Sanitation, dispensaries and jails vaccination Rajputana 1922-1927 - 1922-1927
Year: 1922
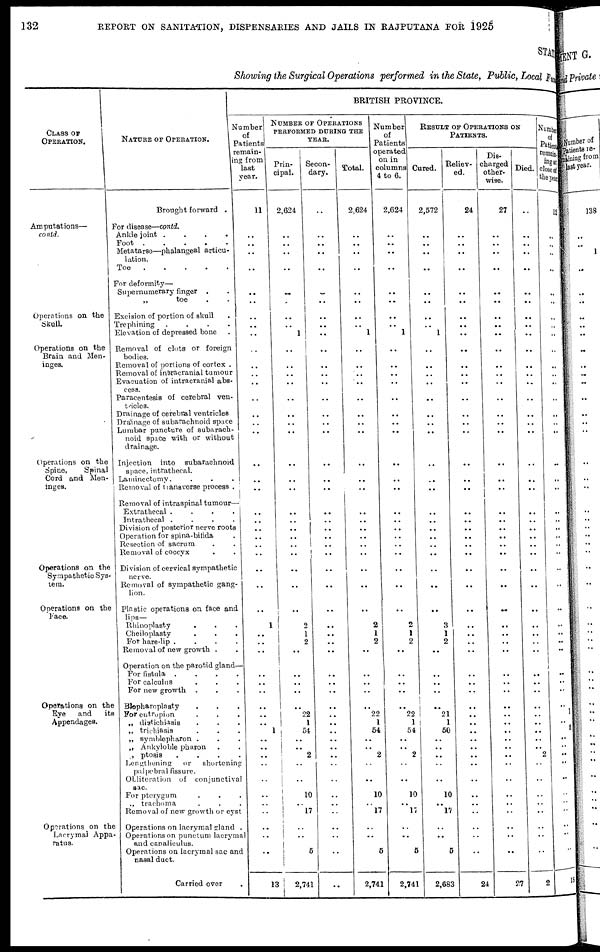
132
REPORT ON SANITATION, DISPENSARIES AND JAILS IN RAJPUTANA FOR 1925
STATE
Showing the Surgical Operations performed in the State, Public, Local Fund
CLASS OF
OPERATION.
Amputations—
contd.
Operations on the
Skull
Operations on the
Brain and Men-
inges.
Operations on the
Spine,
Spinal
Cord and Men-
inges.
Operations on the
Sympathetic Sys-
tem.
Operations on the
Face.
Operations on the
Eye
and
its
Appendages.
Operations on the
Lacrymal Appa-
ratus.
NATURE OF OPERATION.
Brought forward .
For disease—conld.
Ankle joint
....
Foot
.....
Metatarso—phalangeal articu-
lation.
Toe
.....
For deformity—
Supernumerary finger ..
„
toe ..
Excision of portion of Skull .
Trephining
....
Elevation of depressed bone .
Removal of clots or foreign
bodies.
Removal of portions of cortex .
Removal of intracranial tumour
Evacuation of intracranial abs-
cess.
Paracentesis of cerebral ven-
tricles.
Drainage of cerebral ventricles
Drainage of subarachnoid space
Lumbar puncture of subarach-
noid space with or without
drainage.
Injection into subarachnoid
space, intrathecal.
Laminectomy....
Removal of transverse process .
Removal of intraspinal tumour—
Extrathecal
....
Intrathecal
....
Division of posterior nerve roots
Operation for spina-bifida .
Resection of sacrum ..
Removal of coccyx
Division of cervical sympathetic
nerve.
Removal of sympathetic gang-
lion.
Plastic operations on face and
lips—
Rhinoplasty ...
Cheiloplasty ...
For hare-lip
....
Removal of new growth ..
Operation on the parotid gland—
For
fistula
....
For calculus ...
For new growth ...
Blopharoplasty ...
For entropion ...
„ diatichiasis ...
„ trichiasis ...
„ symblepharon ...
„ Ankyloble pharon ..
„ ptosis
....
Lengthening
or
shortening
palpebral fissure.
Obliteration of conjunctival
sac.
For pterygum ...
„ trachoma ...
Removal of new growth or cyst
Operations on lacrymal gland .
Operations on punetum lacrymal
and canaliculus.
Operations on lacrymal sac and
nasal duct.
Carried over
BRITISH PROVINCE.
Number
of
Patients
remain-
ing from
last
year.
11
..
..
..
..
..
..
..
..
..
..
..
..
..
..
..
..
..
..
..
..
..
..
..
..
..
..
..
..
1
..
..
..
..
..
..
..
..
..
1
..
..
..
..
..
..
..
..
..
..
..
13
NUMBER OF OPERATIONS
PERFORMED DURING THE
YEAR.
Prin-
cipal.
2,624
..
..
..
..
..
..
..
..
1
..
..
..
..
..
..
..
..
..
..
..
..
..
..
..
..
..
..
..
2
1
2
..
..
..
..
..
22
1
54
..
..
2
..
..
10
..
17
..
..
5
2,741
Secon-
dary.
..
..
..
..
..
..
..
..
..
..
..
..
..
..
..
..
..
..
..
..
..
..
..
..
..
..
..
..
..
..
..
..
..
..
..
..
..
..
..
..
..
..
..
..
..
..
..
..
..
..
..
..
Total.
2,624
..
..
..
..
..
..
..
..
1
..
..
..
..
..
..
..
..
..
..
..
..
..
..
..
..
..
..
..
2
1
2
..
..
..
..
..
22
1
54
..
..
2
..
..
10
..
17
..
..
5
2,741
Number
of
Patients
operated
on in
columns
4 to 6.
2,624
..
..
..
..
..
..
..
..
1
..
..
..
..
..
..
..
..
..
..
..
..
..
..
..
..
..
..
..
2
1
2
..
..
..
..
..
22
1
54
..
..
2
..
..
10
..
17
..
..
5
2,741
RESULT OF OPERATIONS ON
PATIENTS.
Cured.
2,572
..
..
..
..
..
..
..
..
1
..
..
..
..
..
..
..
..
..
..
..
..
..
..
..
..
..
..
..
3
1
2
..
..
..
..
..
21
1
50
..
..
..
..
..
10
..
17
..
..
5
2,683
Reliev-
ed.
24
..
..
..
..
..
..
..
..
..
..
..
..
..
..
..
..
..
..
..
..
..
..
..
..
..
..
..
..
..
..
..
..
..
..
..
..
..
..
..
..
..
..
..
..
..
..
..
..
..
..
24
Dis-
charged
other-
wise.
27
..
..
..
..
..
..
..
..
..
..
..
..
..
..
..
..
..
..
..
..
..
..
..
..
..
..
..
..
..
..
..
..
..
..
..
..
..
..
..
..
..
..
..
..
..
..
..
..
..
..
27
Died.
..
..
..
..
..
..
..
..
..
..
..
..
..
..
..
..
..
..
..
..
..
..
..
..
..
..
..
..
..
..
..
..
..
..
..
..
..
..
..
..
..
..
2
..
..
..
..
..
..
..
..
2
Number
of
Patients
remain¬
ing at
close of
the year.
12
..
1
..
..
..
..
..
..
..
..
..
..
..
..
..
..
..
..
..
..
..
..
..
..
..
..
..
..
..
..
..
..
..
..
..
..
1
..
5
..
..
..
..
..
..
..
..
..
..
..
18